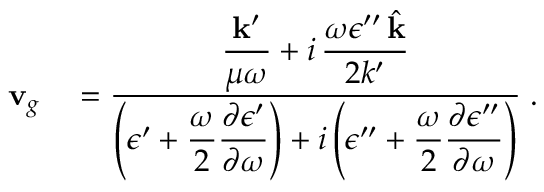
\begin{array} { r l } { { \bf v } _ { g } } & { { } = \frac { \displaystyle \frac { { \bf k } ^ { \prime } } { \mu \omega } + i \, \frac { \omega \epsilon ^ { \prime \prime } \, \hat { { \bf k } } } { 2 k ^ { \prime } } } { \displaystyle \left( \epsilon ^ { \prime } + \frac { \omega } { 2 } \frac { \partial \epsilon ^ { \prime } } { \partial \omega } \right) + i \left( \epsilon ^ { \prime \prime } + \frac { \omega } { 2 } \frac { \partial \epsilon ^ { \prime \prime } } { \partial \omega } \right) } \; . } \end{array}